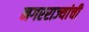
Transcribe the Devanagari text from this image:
नगरराज्यांची